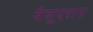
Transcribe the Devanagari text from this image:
वेलूएशन